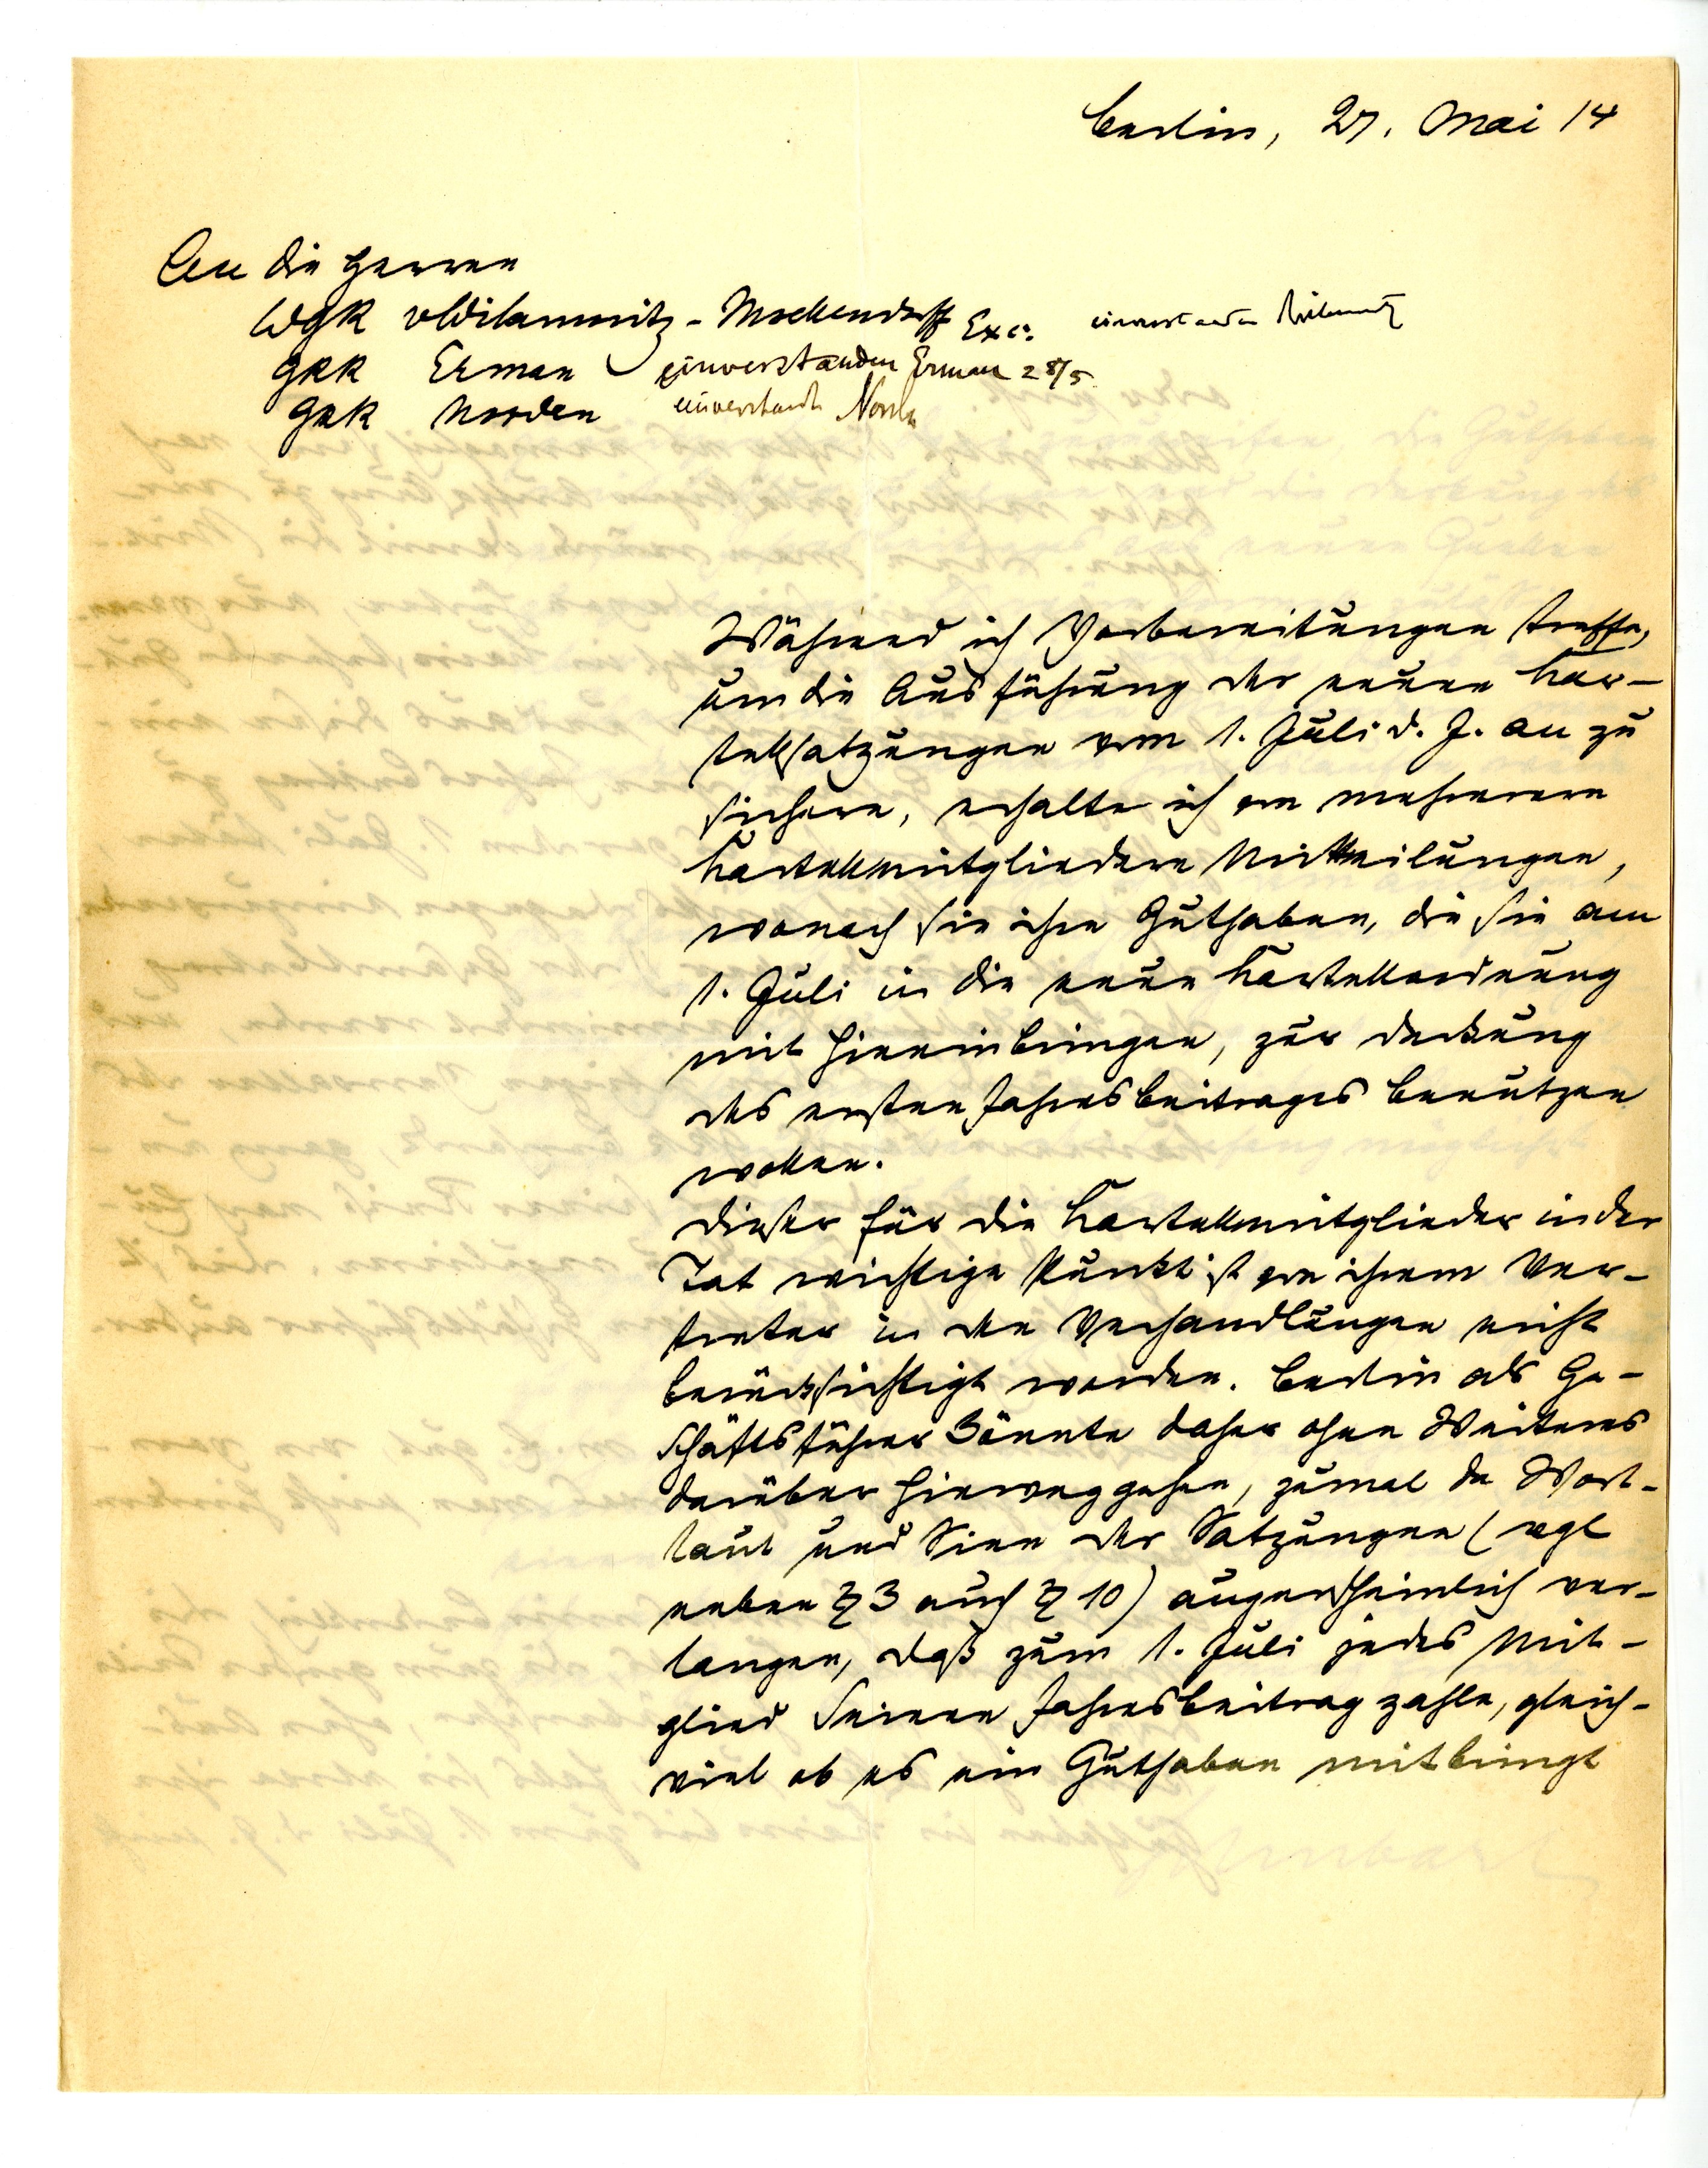
Berlin, 27. Mai 14
An die Herren
WgR Wilamowitz-Moellendorff
Exc.
GRR Erman
GRR Norden
Während ich Vorbereitungen treffe,
um die Ausführung der neuen Kar¬
tellsatzungen vom 1. Juli d. J. an zu
sichern, erhalte ich von mehreren
Kartellmitgliedern Mitteilungen,
wonach sie ihre Guthaben, die sie am
1. April in die neue Kartellordnung
mit hinein bringen, zur Deckung
des ersten Jahresbetrages benutzen
wollen.
Dieser für die Kartellmitglieder in der
Tat wichtige Punkt ist von ihrem Ver¬
treter in den Verhandlungen nicht
berücksichtigt worden. Berlin als Ge¬
schäftsführer könnte daher ohne Weiteres
darüber hinweg gehen, zumal der Wort¬
laut und Sinn der Satzungen (vgl
neben §3 auch §10) augenscheinlich ver¬
langen, daß zum 1. Juli jedes Mit¬
glied seinen Jahresbeitrag zahle, gleich¬
viel ob es ein Guthaben mitbringt